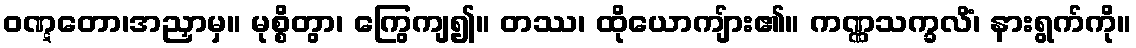
ဝဏ္ဋတော၊အညှာမှ။ မုစ္စိတွာ၊ ကြွေကျ၍။ တဿ၊ ထိုယောကျ်ား၏။ ကဏ္ဏသက္ခလိံ၊ နားရွက်ကို။